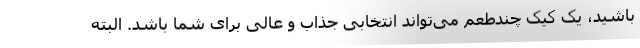
باشید، یک کیک چندطعم می‌تواند انتخابی جذاب و عالی برای شما باشد. البته